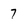
Character: 7